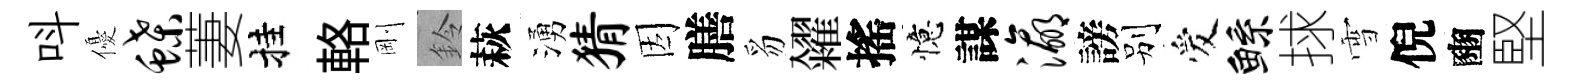
呌優蝶萋挂輅剛鈴萩湧猜因膳豸糴搖憶謀瀛謗别爱鲧捄雪倪豳堅